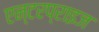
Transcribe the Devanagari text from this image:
एन्टरप्राइज